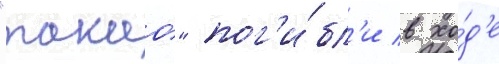
"такао" пог'и́бл'и в хо́д'е